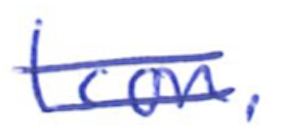
Text: Icon.
Cross-out: double-line
Writing tool: ballpoint